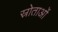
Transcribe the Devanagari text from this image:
स्रोताओं